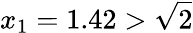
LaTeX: x_{1}=1.42>{\sqrt{2}}